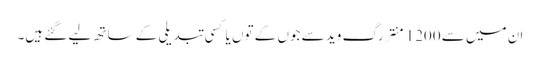
ان میں سے 1200 منتر رگ وید سے جوں کے توں یا کسی تبدیلی کے ساتھ لیے گئے ہیں۔